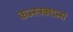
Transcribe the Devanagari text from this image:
कन्स्ट्रक्शन्स